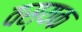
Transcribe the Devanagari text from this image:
वस्यक